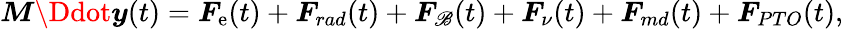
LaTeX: \boldsymbol{M}\Ddot{\boldsymbol{y}}(t)=\boldsymbol{F}_{\mathrm{e}}(t)+\boldsymbol{F}_{rad}(t)+\boldsymbol{F}_{\mathscr{B}}(t)+\boldsymbol{F}_{\nu}(t)+\boldsymbol{F}_{md}(t)+\boldsymbol{F}_{PTO}(t),